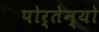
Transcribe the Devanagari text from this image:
पोर्तेन्यो